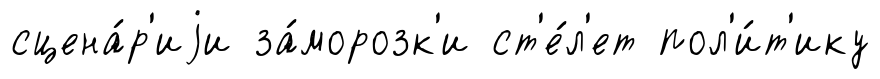
сцена́р'иjи за́морозк'и ст'е́л'ет пол'и́т'ику